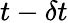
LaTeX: t-\delta t